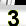
Digit: 3